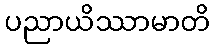
ပညာယိဿာမာတိ